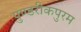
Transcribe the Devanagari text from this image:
पुण्डरीकपुरम